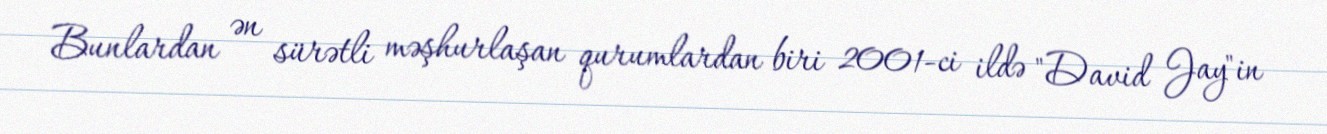
Bunlardan ən sürətli məşhurlaşan qurumlardan biri 2001-ci ildə "David Jay"in